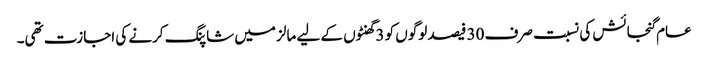
عام گنجائش کی نسبت صرف 30 فیصد لوگوں کو 3 گھنٹوں کے لیے مالز میں شاپنگ کرنے کی اجازت تھی۔